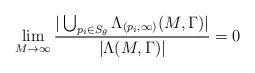
LaTeX: \begin{align*} \lim_{M\to \infty}\frac{|\bigcup_{p_{i}\in S_{\theta} } \Lambda_{(p_{i},\infty)}(M,\Gamma)|}{|\Lambda(M,\Gamma)|}=0 \end{align*}